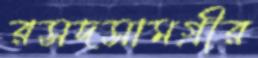
রসদসামগ্রীর